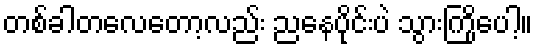
တစ်ခါတလေတော့လည်း ညနေပိုင်းပဲ သွားကြိုပေါ့။